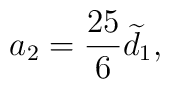
a_{2}=\frac{25}{6}\widetilde{d}_{1},